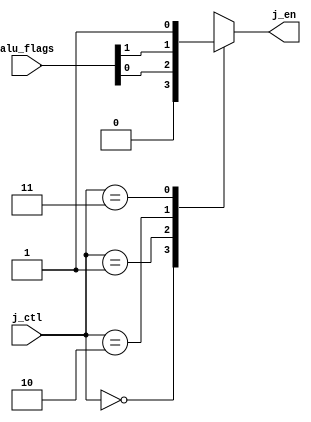
`timescale 1ns / 1ps
//////////////////////////////////////////////////////////////////////////////////
// Company: 
// Engineer: 
// 
// Design Name: 
// Module Name: jump_control
// Project Name: 
// Target Devices: 
// Tool Versions: 
// Description: 
// 
// Dependencies: 
// 
// Revision:
// Revision 0.01 - File Created
// Additional Comments:
// 
//////////////////////////////////////////////////////////////////////////////////


module jump_control(
        input [1:0] alu_flags, j_ctl,
        output reg j_en
    );
    
    always @* begin
        case(j_ctl)
        0: begin
            j_en = 0;
            end
        1: begin
            j_en = alu_flags[0]; //j_en = zero flag
            end
        2: begin
            j_en = alu_flags[1]; //j_en = negative flag
            end
        3: begin
            j_en = 1;
            end
        endcase
    end
    
endmodule